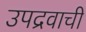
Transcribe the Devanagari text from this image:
उपद्रवाची